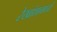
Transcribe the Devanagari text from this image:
रेखांशामध्ये